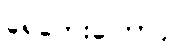
ရေဘေးကြောင့်